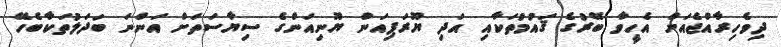
ދިވެހިރާއްޖެއަށް އެހީވާ ބޭރުގެ ޤައުމުތަކާއި އަދި ޔޫރަޕިއަން ޔޫނިއަންގެ ސިޔާސަތަށް އަންނަ ބަދަލުތަކާބެހޭ